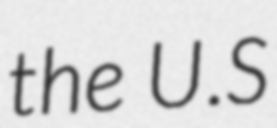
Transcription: the U.S